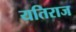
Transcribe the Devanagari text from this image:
यतिराज